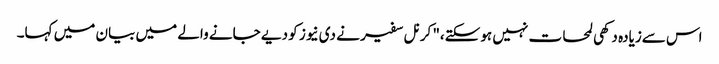
اس سےزیادہ دکھی لمحات نہیں ہوسکتے،" کرنل سفیر نے دی نیوز کو دیے جانے والے میں بیان میں کہا۔